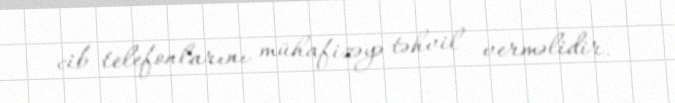
cib telefonlarını mühafizəyə təhvil verməlidir.